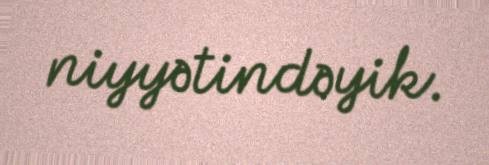
niyyətindəyik.